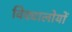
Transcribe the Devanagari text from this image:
विद्यालोयों